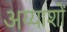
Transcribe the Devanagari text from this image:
अय्याशों